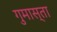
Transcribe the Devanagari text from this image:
गुमास्ता